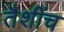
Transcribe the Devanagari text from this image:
तैशींच